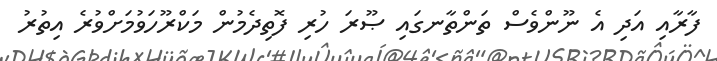
ފާރާއި އަދި އެ ނޫންވެސް ތަންތާނގައި ޞޫރަ ހުރި ފޮތިދެމުން މަކްރޫހަވުމަށްވުރެ އިތުރު